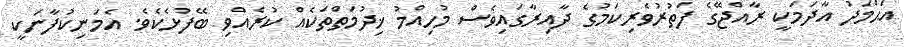
އަޙްމަދު އާދަމަކީ ރާއްޖޭގެ ފަތުރުވެރިކަމުގެ ދާއިރާގައިވެސް މުހިއްމު ޚިދުމަތްތަކެއް ކުރެއްވި ބޭފުޅެކެވެ. އެމަނިކުފާނަކީ